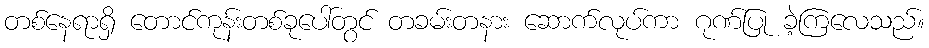
တစ်နေရာရှိ တောင်ကုန်းတစ်ခုပေါ်တွင် တခမ်းတနား ဆောက်လုပ်ကာ ဂုဏ်ပြု ခဲ့ကြလေသည်။